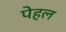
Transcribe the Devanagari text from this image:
पेहल